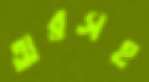
অরসহ